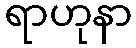
ရာဟုနာ